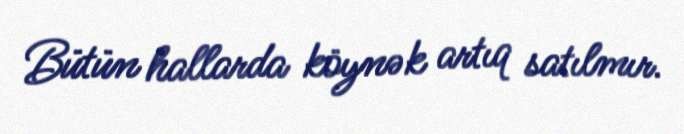
Bütün hallarda köynək artıq satılmır.